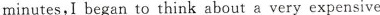
minutes,Ibegan to think about a very expensive